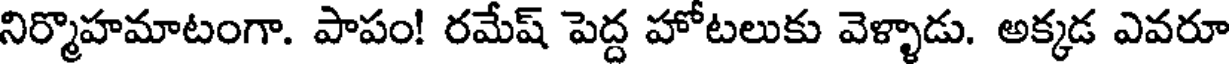
నిర్మాహమాటంగా. పాపం! రమేష్ పెద్ద హోటలుకు వెళ్ళాడు. అక్కడ ఎవరూ